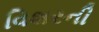
વિશરની